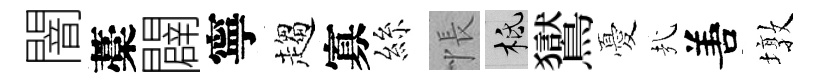
闇藁闢寧趨寡絲悵柢鸑憂㢤𠵊墩